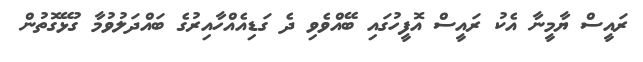
ރައީސް ޔާމީނާ އެކު ރައީސް އޮފީހުގައި ބޭއްވެވި ދެ ގަޑިއެއްހާއިރުގެ ބައްދަލުވުމާ ގުޅޭގޮތުން